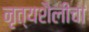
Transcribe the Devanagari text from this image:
नृत्यशैलीचा